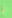
ثم